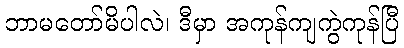
ဘာမတော်မိပါလဲ၊ ဒီမှာ အကုန်ကျကွဲကုန်ပြီ